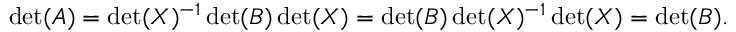
\operatorname* { d e t } ( A ) = \operatorname* { d e t } ( X ) ^ { - 1 } \operatorname* { d e t } ( B ) \operatorname* { d e t } ( X ) = \operatorname* { d e t } ( B ) \operatorname* { d e t } ( X ) ^ { - 1 } \operatorname* { d e t } ( X ) = \operatorname* { d e t } ( B ) .